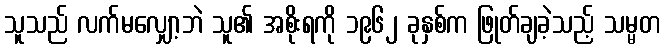
သူသည် လက်မလျှော့ဘဲ သူ၏ အစိုးရကို ၁၉၆၂ ခုနှစ်က ဖြုတ်ချခဲ့သည့် သမ္မတ